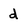
Character: d